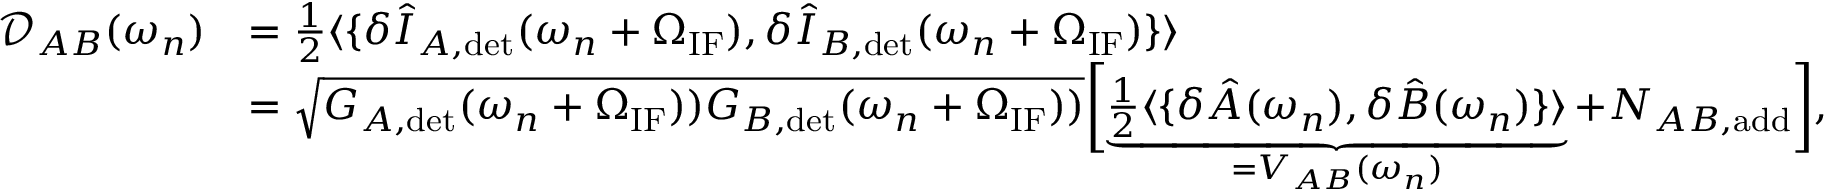
\begin{array} { r l } { \mathcal { D } _ { A B } ( \omega _ { n } ) } & { = \frac { 1 } { 2 } \langle \{ \delta \hat { I } _ { A , \mathrm { d e t } } ( \omega _ { n } + \Omega _ { \mathrm { I F } } ) , \delta \hat { I } _ { B , \mathrm { d e t } } ( \omega _ { n } + \Omega _ { \mathrm { I F } } ) \} \rangle } \\ & { = \sqrt { G _ { A , \mathrm { d e t } } ( \omega _ { n } + \Omega _ { \mathrm { I F } } ) ) G _ { B , \mathrm { d e t } } ( \omega _ { n } + \Omega _ { \mathrm { I F } } ) ) } \biggl [ \underbrace { \frac { 1 } { 2 } \langle \{ \delta \hat { A } ( \omega _ { n } ) , \delta \hat { B } ( \omega _ { n } ) \} \rangle } _ { = V _ { A B } ( \omega _ { n } ) } + N _ { A B , \mathrm { a d d } } \biggr ] , } \end{array}